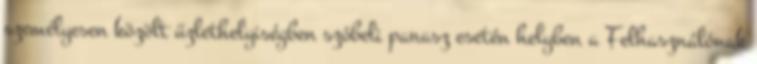
személyesen közölt üzlethelyiségben szóbeli panasz esetén helyben a Felhasználónak